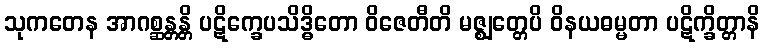
သုကတေန အာဂစ္ဆန္တန္တိ ပဋိက္ခေပသိဒ္ဓိတော ဝိဇေတီတိ မဇ္ဈတ္တေပိ ဝိနယဓမ္မတာ ပဋိက္ခိတ္တာနိ